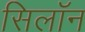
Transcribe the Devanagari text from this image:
सिलॉन